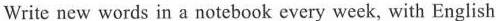
Write new words in a notebook every week, with English